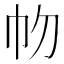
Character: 𢁞